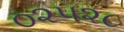
૦૨૫૨૮